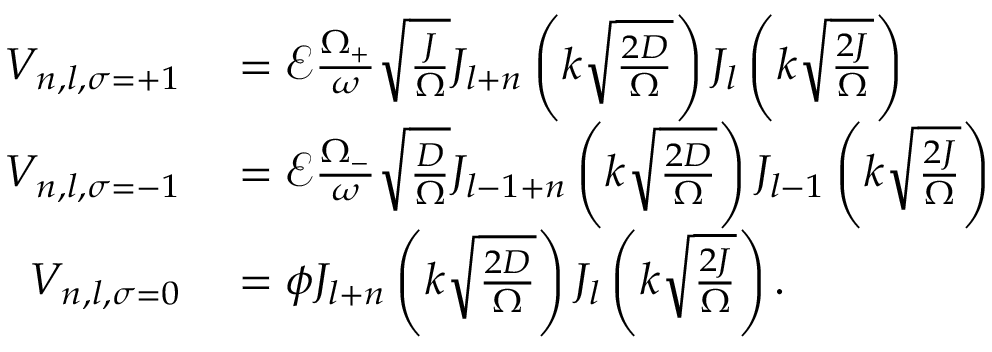
\begin{array} { r l } { V _ { n , l , \sigma = + 1 } } & { { } = \mathcal { E } \frac { \Omega _ { + } } { \omega } \sqrt { \frac { J } { \Omega } } J _ { l + n } \left( k \sqrt { \frac { 2 D } { \Omega } } \right) J _ { l } \left( k \sqrt { \frac { 2 J } { \Omega } } \right) } \\ { V _ { n , l , \sigma = - 1 } } & { { } = \mathcal { E } \frac { \Omega _ { - } } { \omega } \sqrt { \frac { D } { \Omega } } J _ { l - 1 + n } \left( k \sqrt { \frac { 2 D } { \Omega } } \right) J _ { l - 1 } \left( k \sqrt { \frac { 2 J } { \Omega } } \right) } \\ { V _ { n , l , \sigma = 0 } } & { { } = \phi J _ { l + n } \left( k \sqrt { \frac { 2 D } { \Omega } } \right) J _ { l } \left( k \sqrt { \frac { 2 J } { \Omega } } \right) . } \end{array}